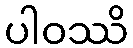
ပါဝဿိ